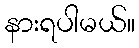
နားရပါမယ်။